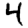
Digit: 4